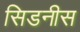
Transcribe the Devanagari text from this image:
सिडनीस